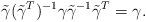
LaTeX: \begin{align*}\tilde\gamma(\tilde\gamma^T)^{-1}\gamma\tilde\gamma^{-1}\tilde\gamma^T=\gamma.\end{align*}